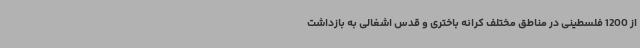
از 1200 فلسطینی در مناطق مختلف کرانه باختری و قدس اشغالی به بازداشت